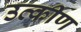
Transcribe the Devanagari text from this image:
उत्कीण